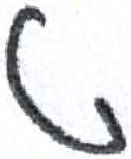
אות: ט